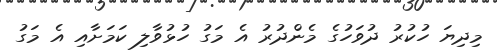
މިދިޔަ ހުކުރު ދުވަހުގެ މެންދުރު އެ މަގު ހުޅުވާލި ކަމަށާއި އެ މަގު